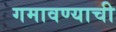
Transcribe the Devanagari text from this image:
गमावण्याची